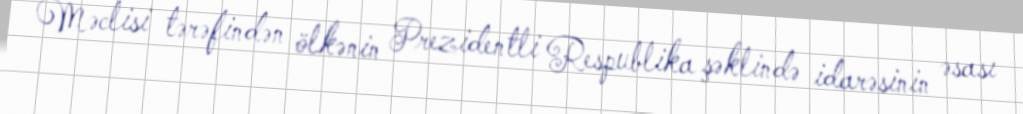
Məclisi tərəfindən ölkənin Prezidentli Respublika şəklində idarəsinin əsası